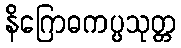
နိဂြောဓကပ္ပသုတ္တ